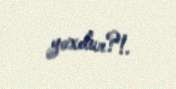
yoxdur?!.